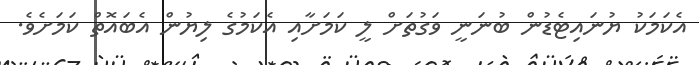
އެކަމަކު ޔުނައިޓެޑުން ބުނަނީ ވަގުތަށް ލީ ކަމަށާއި އެކަމުގެ ލިޔުން އެބައޮތް ކަމަށެވެ.